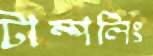
টাম্পলিং